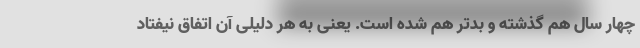
چهار سال هم گذشته و بدتر هم شده است. یعنی به هر دلیلی آن اتفاق نیفتاد